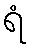
ရံ